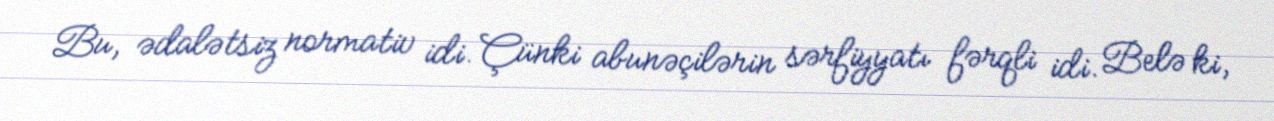
Bu, ədalətsiz normativ idi. Çünki abunəçilərin sərfiyyatı fərqli idi. Belə ki,